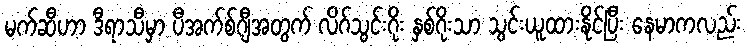
မက်ဆီဟာ ဒီရာသီမှာ ပီအက်စ်ဂျီအတွက် လိဂ်သွင်းဂိုး နှစ်ဂိုးသာ သွင်းယူထားနိုင်ပြီး နေမာကလည်း